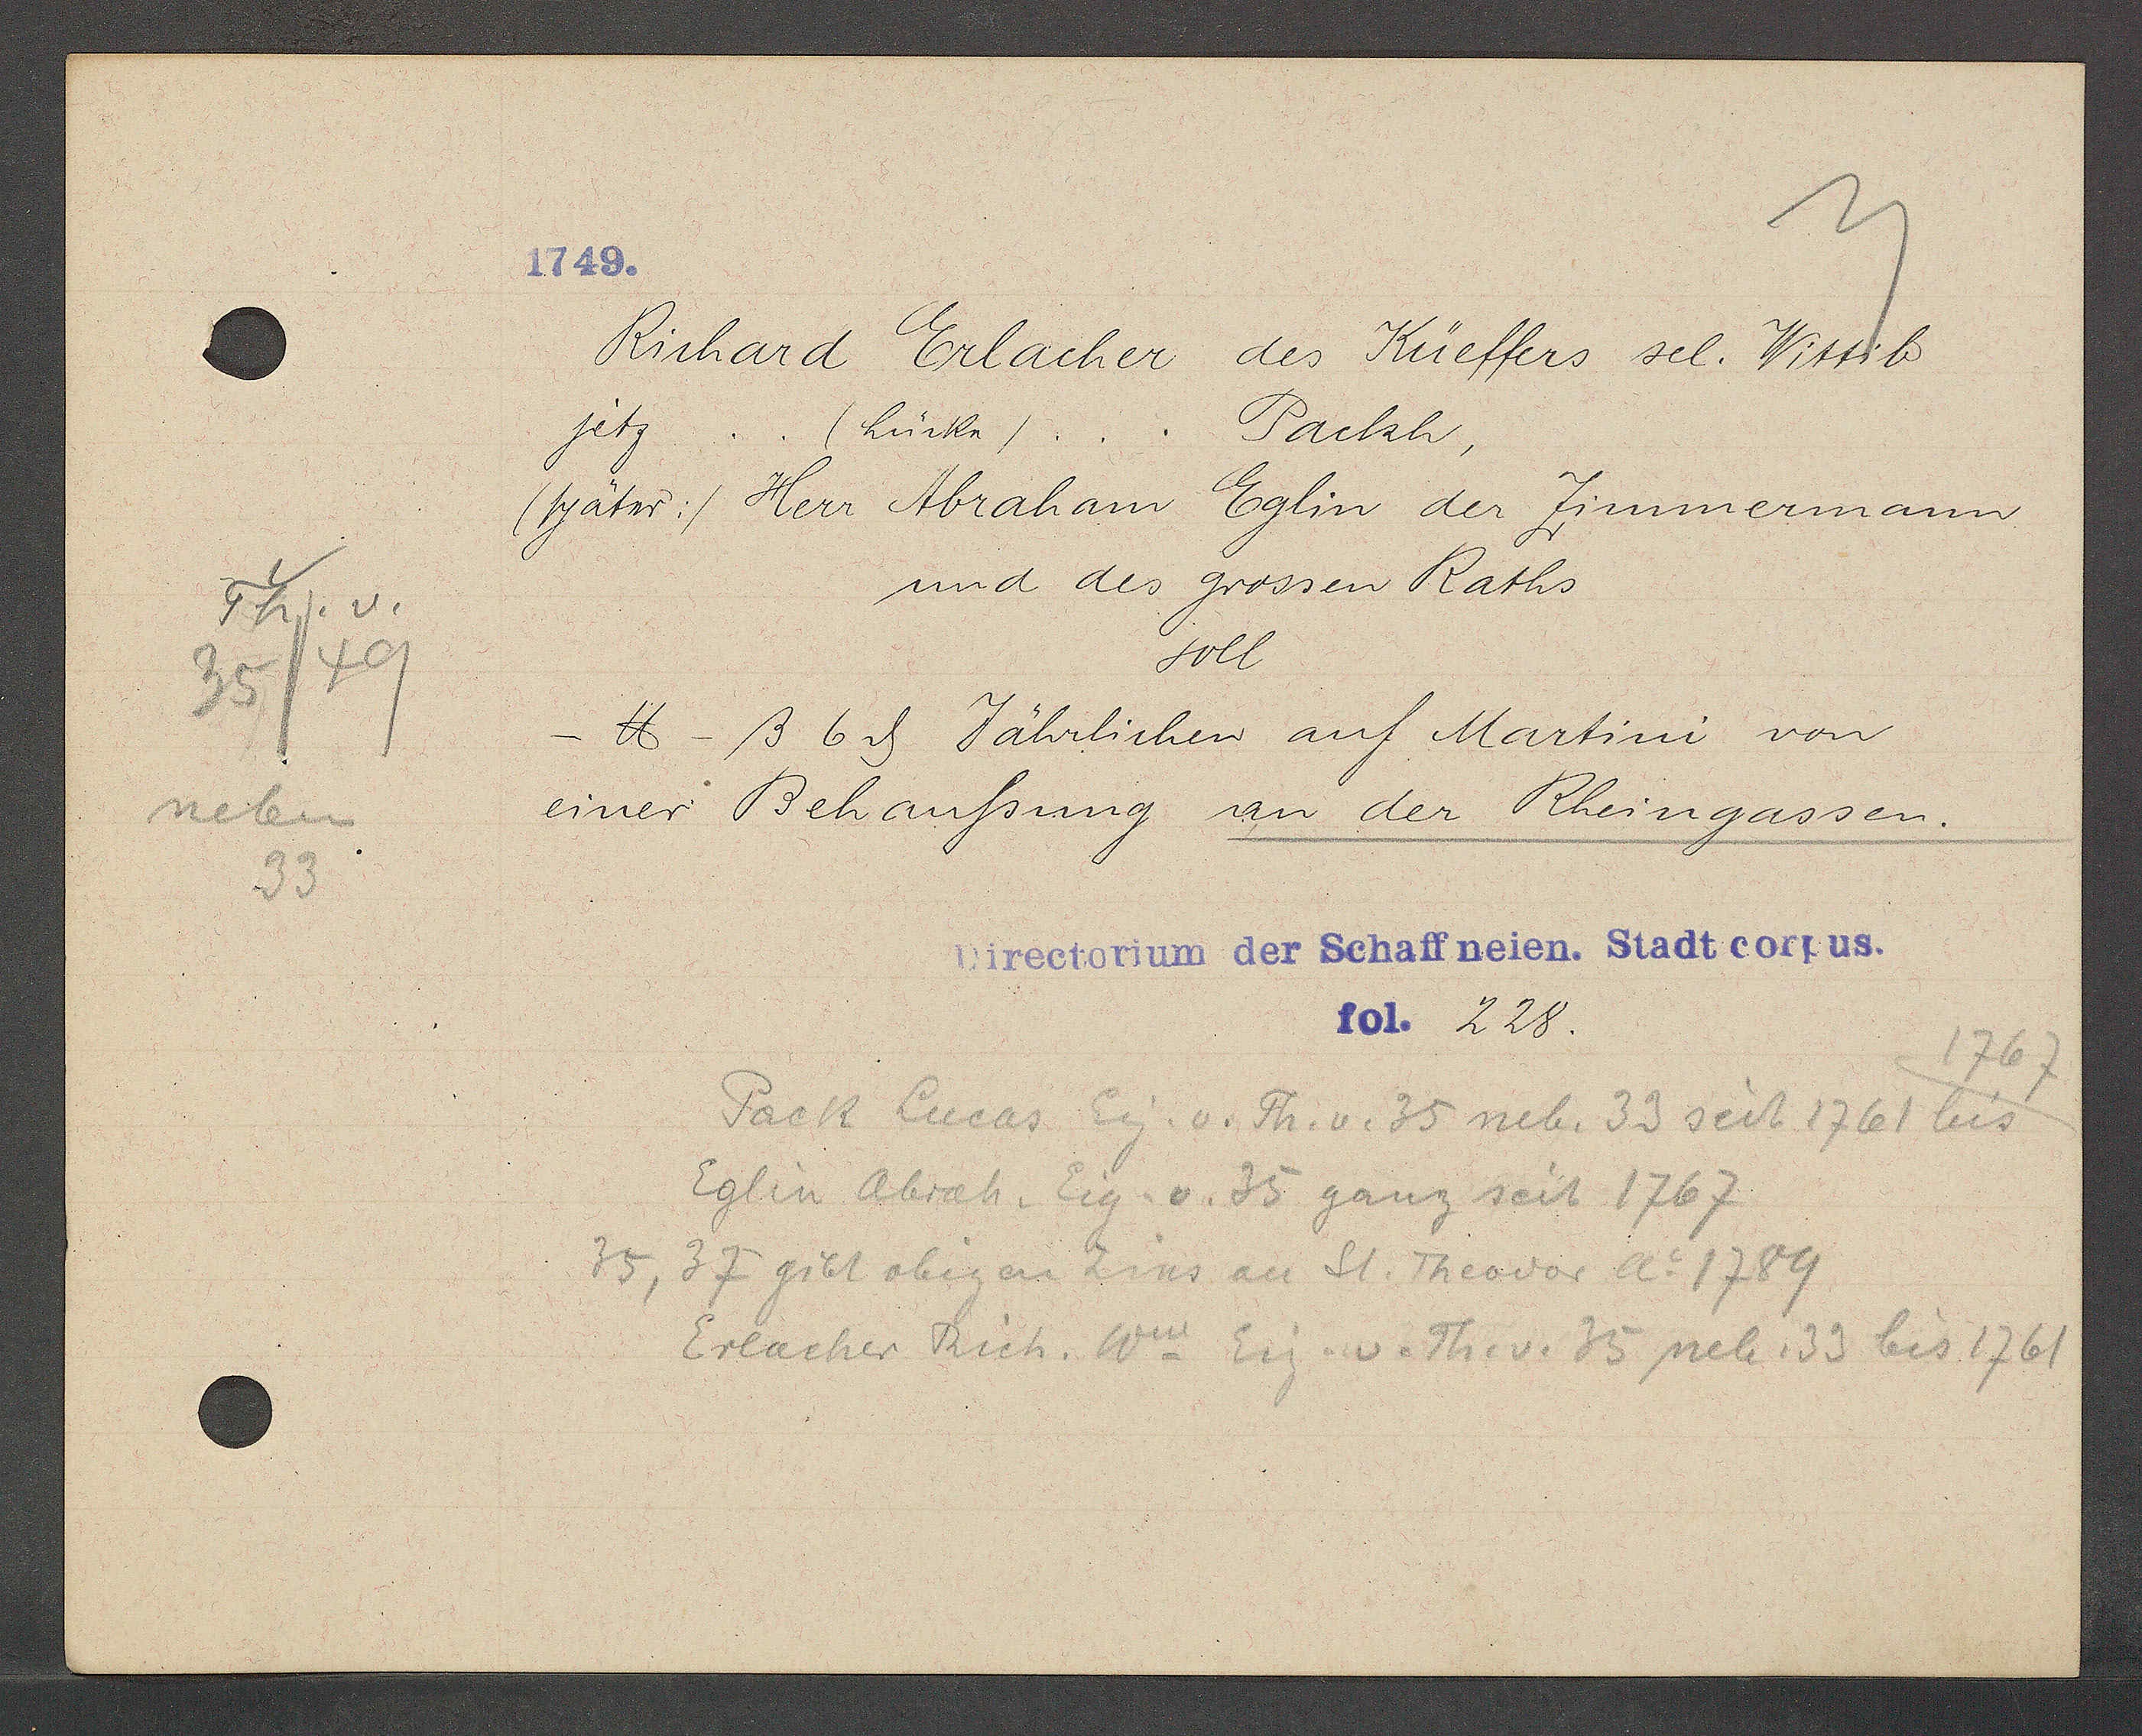
Transcript:
Th. v.
35/49
neben
33

1749.

Richard Erlacher des Küeffers sel. Wittib
jetz.
(Lücke)...
Packh,
(später:/ Herr Abraham Eglin der Zimmermann
und des grossen Raths
soll
- ℔ -ß 6ȡ Jährlichen auf Martini von
einer Behaussung an der Rheingassen.

Directorium der Schaffneien. Stadt corpus.
fol. 228.

1767
Pack Lucas Eig. v. Th. v. 35 neb. 33 seit 1761 bis
Eglin Abrah. Eig. v. 35 ganz seit 1767
35, 37 gibt obigen Zins an St. Theodor Ao 1789
Erlacher Rich. Ww Eig. v. Th. v. 35 neb. 33 bis 1761